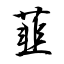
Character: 韮